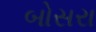
બોસરા